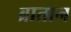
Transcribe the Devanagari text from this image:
ब्रातान